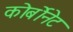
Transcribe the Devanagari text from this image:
कोर्बोनेट